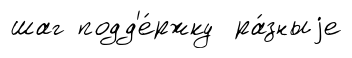
шаг подд'е́ржку ра́зныjе